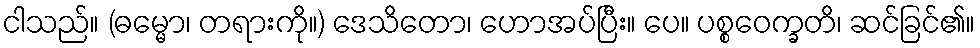
ငါသည်။ (ဓမ္မော၊ တရားကို။) ဒေသိတော၊ ဟောအပ်ပြီး။ ပေ။ ပစ္စဝေက္ခတိ၊ ဆင်ခြင်၏။